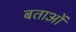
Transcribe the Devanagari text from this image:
बताओं